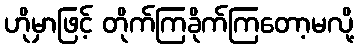
ဟိုမှာဖြင့် တိုက်ကြခိုက်ကြတော့မလို့